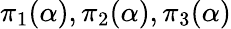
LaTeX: {\pi}_{1}(\alpha),{\pi}_{2}(\alpha),{\pi}_{3}(\alpha)